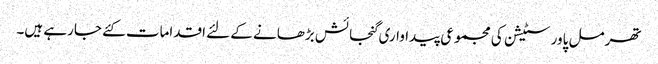
تھرمل پاور سٹیشن کی مجموعی پیداواری گنجائش بڑھانے کے لئے اقدامات کئے جارہے ہیں۔